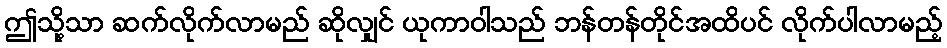
ဤသို့သာ ဆက်လိုက်လာမည် ဆိုလျှင် ယုကာဝါသည် ဘန်တန်တိုင်အထိပင် လိုက်ပါလာမည့်